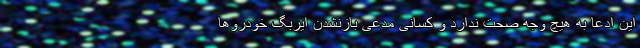
این ادعا به هیچ وجه صحت ندارد و کسانی مدعی بازنشدن ایربگ خودروها